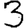
Digit: 3